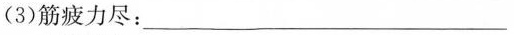
(3)筋疲力尽：___